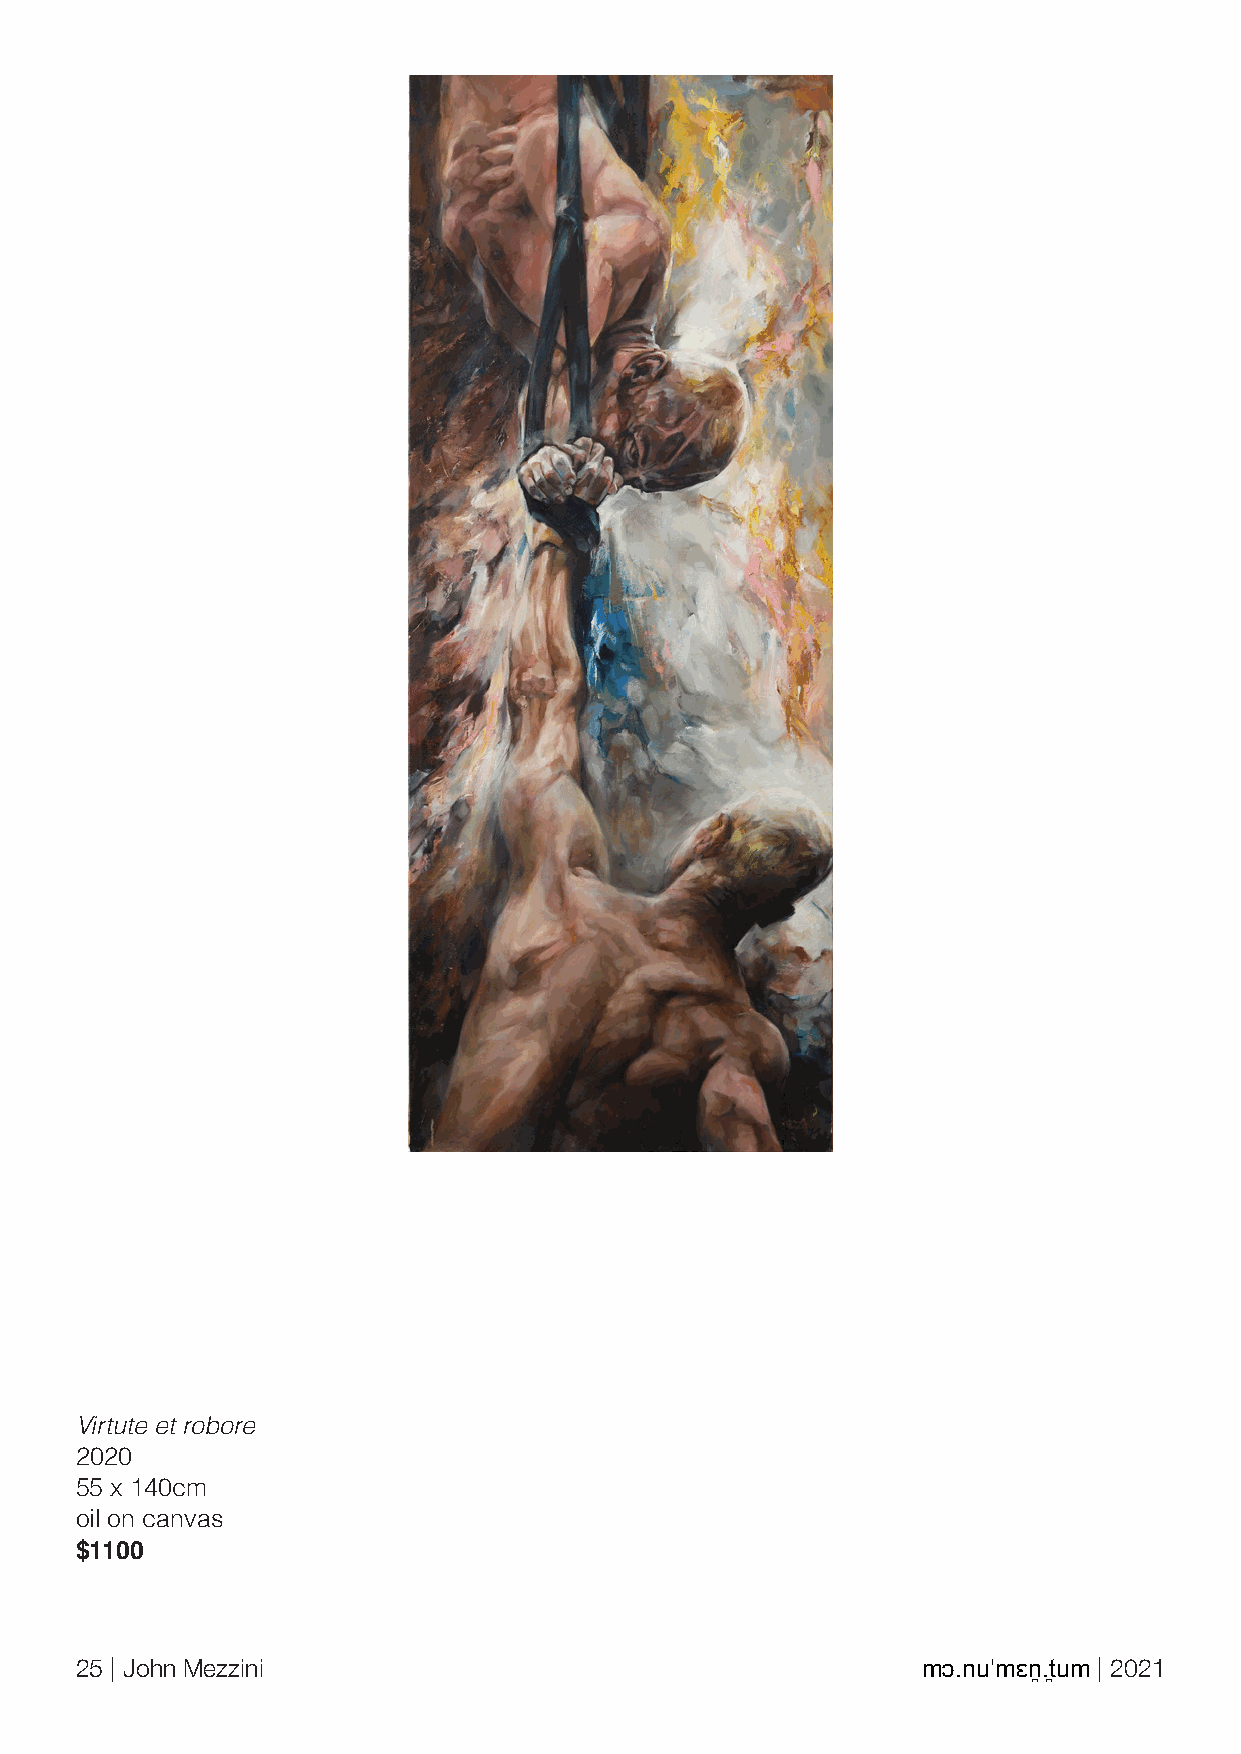
Virtute et robore
 2020
 55 x 140cm
 oil on canvas
 $1100
 25 | John Mezzini                                       mɔ.nuˈmɛn̪.t̪um | 2021